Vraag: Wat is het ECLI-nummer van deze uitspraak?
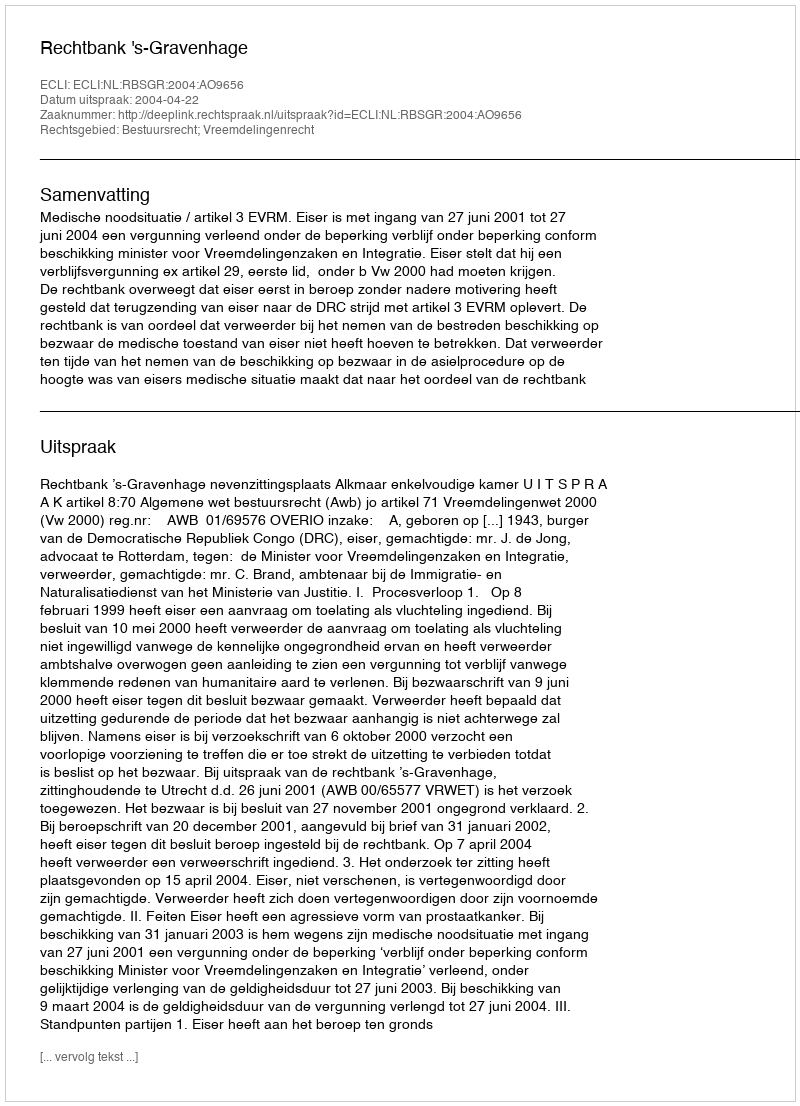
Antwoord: ECLI:NL:RBSGR:2004:AO9656